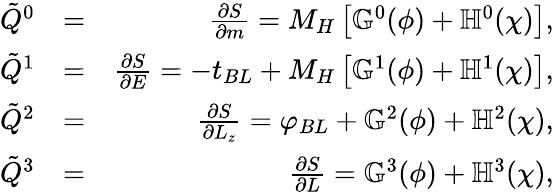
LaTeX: \begin{array}{rlr}{\tilde{Q}^{0}}&{=}&{\frac{\partial S}{\partial m}=M_{H}\left[\mathbb{G}^{0}(\phi)+\mathbb{H}^{0}(\chi)\right],}\\ {\tilde{Q}^{1}}&{=}&{\frac{\partial S}{\partial E}=-t_{BL}+M_{H}\left[\mathbb{G}^{1}(\phi)+\mathbb{H}^{1}(\chi)\right],}\\ {\tilde{Q}^{2}}&{=}&{\frac{\partial S}{\partial L_{z}}=\varphi_{BL}+\mathbb{G}^{2}(\phi)+\mathbb{H}^{2}(\chi),}\\ {\tilde{Q}^{3}}&{=}&{\frac{\partial S}{\partial L}=\mathbb{G}^{3}(\phi)+\mathbb{H}^{3}(\chi),}\end{array}